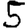
Digit: 5